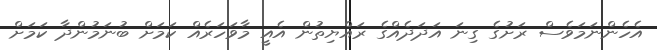
އެހެންނަމަވެސް ރަށުގެ ގިނަ އަދަދެއްގެ ރައްޔިތުން އެއީ މާވަހަރެއް ކަމަށް ބުނަމުންދާ ކަމަށް